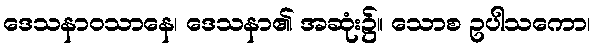
ဒေသနာဝသာနေ၊ ဒေသနာ၏ အဆုံး၌။ သောစ ဥပါသကော၊